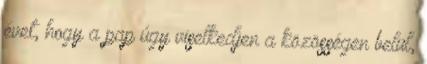
évet, hogy a pap úgy viselkedjen a közösségen belül,